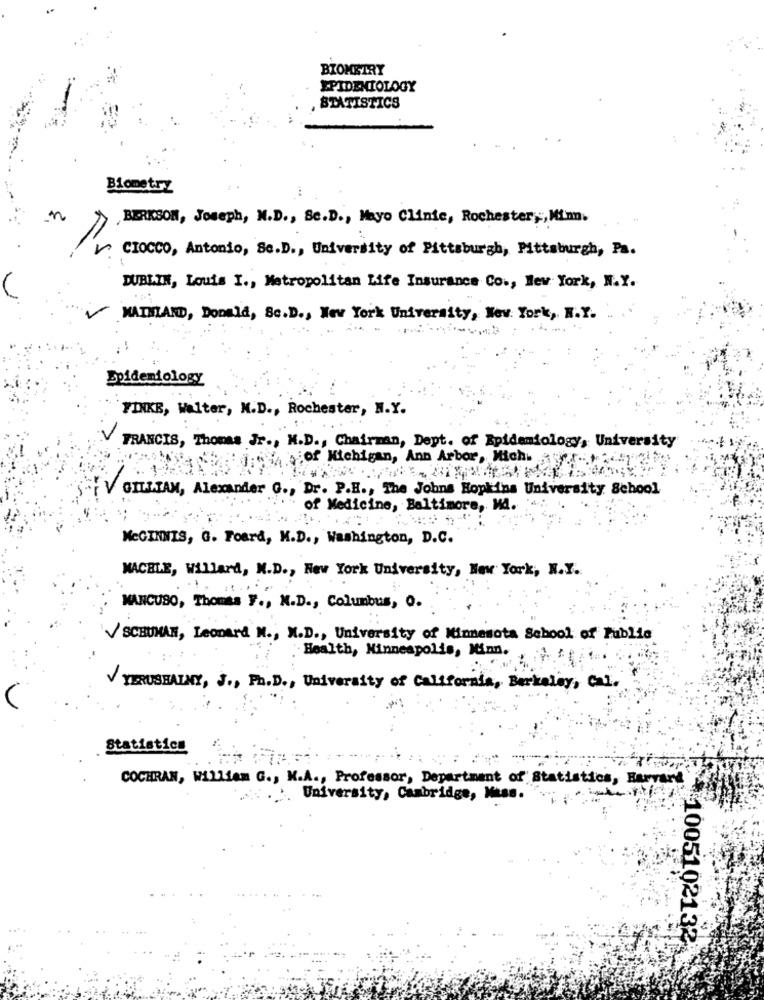
BIOMETRY
EPIDEMIOLOGY
STATISTICS
Biometry
BERKSON, Joseph, N.D ., Sc.D ., Mayo Clinic, Rochester ,;, Min.
CIOCCO, Antonio, Sc.D ., University of Pittsburgh, Pittsburgh, Pa.
DUBLIN, Louis I ., Metropolitan Life Insurance Co ., New York, N.Y.
KATHLAND, Donald, Se.D ., New York University, New York, N.Y.
Doideniology
FINKE, Walter, M.D ., Rochester, N.Y.
FRANCIS, Thomas Jr ., N.D ., Chairman, Dept. of Epidemiology, University
9% }jof Michigan, Ann Arbor, Mich. .. 14
GILLIAN, Alexander G ., Dr. P.H ., The Johns Hopkins University School
of Medicine, Baltimore, Ma.
MCGINNIS, G. Foard, M.D ., Washington, D.C.
MACHLE, Willard, N.D ., New York University, New York, N.Y.
MANCUSO, Thomas y ., N.D ., Columbus, O.
V SCHUMAN, Leonard N ., M.D ., University of Minnesota School of Public
Health, Minneapolis, Minn.
VYERUSHAINY, J ., Ph.D ., University of California, Berkeley, Cal.
Statistics
COCHRAN, William G ., K.A ., Professor, Department of Statistics, Harvard
: University, Cambridge, Mass.
:1005102132.